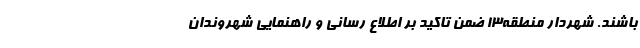
باشند. شهردار منطقه۱۳ ضمن تاکید بر اطلاع رسانی و راهنمایی شهروندان